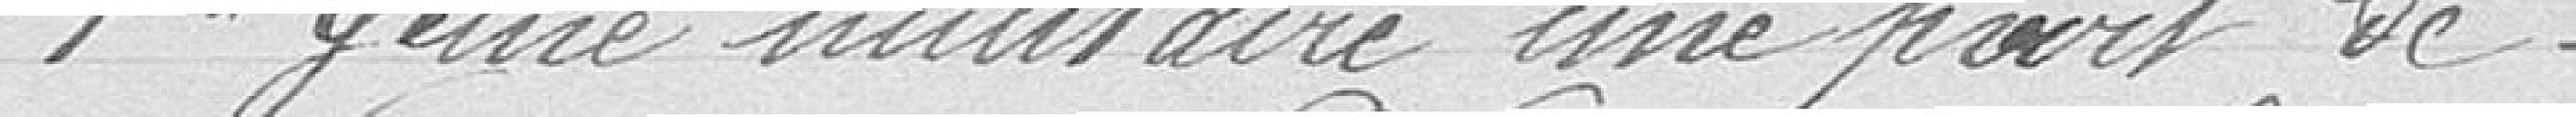
1er Génie militaire une part de